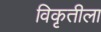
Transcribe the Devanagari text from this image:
विकृतीला